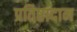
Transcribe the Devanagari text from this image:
प्रतिष्ठादान